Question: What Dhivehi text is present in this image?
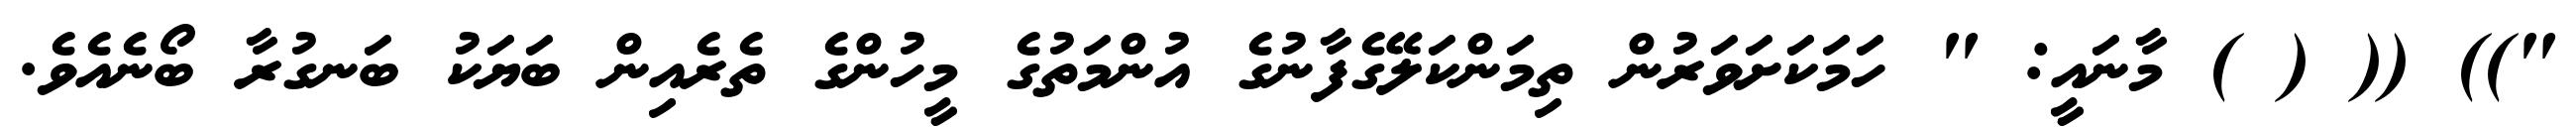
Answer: ")) (( ( ) މާނައީ: " ހަމަކަށަވަރުން ތިމަންކަލޭގެފާނުގެ އުންމަތުގެ މީހުންގެ ތެރެއިން ބަޔަކު ބަނގުރާ ބޯނެއެވެ.